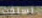
تسلقت